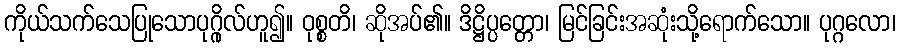
ကိုယ်သက်သေပြုသောပုဂ္ဂိုလ်ဟူ၍။ ဝုစ္စတိ၊ ဆိုအပ်၏။ ဒိဋ္ဌိပ္ပတ္တော၊ မြင်ခြင်းအဆုံးသို့ရောက်သော။ ပုဂ္ဂလော၊